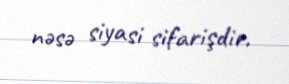
nəsə siyasi sifarişdir.